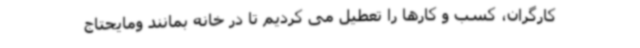
کارگران، کسب و کارها را تعطیل می کردیم تا در خانه بمانند ومایحتاج